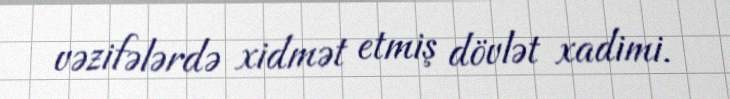
vəzifələrdə xidmət etmiş dövlət xadimi.